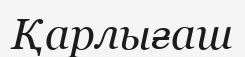
Қарлығаш